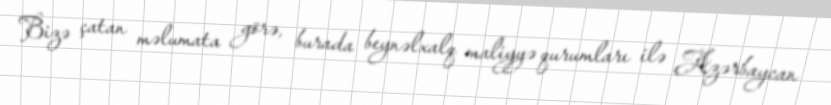
Bizə çatan məlumata görə, burada beynəlxalq maliyyə qurumları ilə Azərbaycan